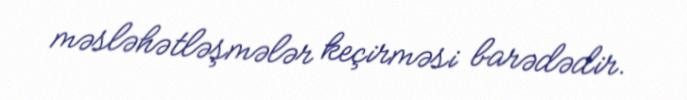
məsləhətləşmələr keçirməsi barədədir.